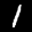
Label: 1